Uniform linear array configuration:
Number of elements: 32
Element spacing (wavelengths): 0.25
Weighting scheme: kaiser
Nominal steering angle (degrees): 0
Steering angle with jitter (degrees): -1.272
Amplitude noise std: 0.05
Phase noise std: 0.05

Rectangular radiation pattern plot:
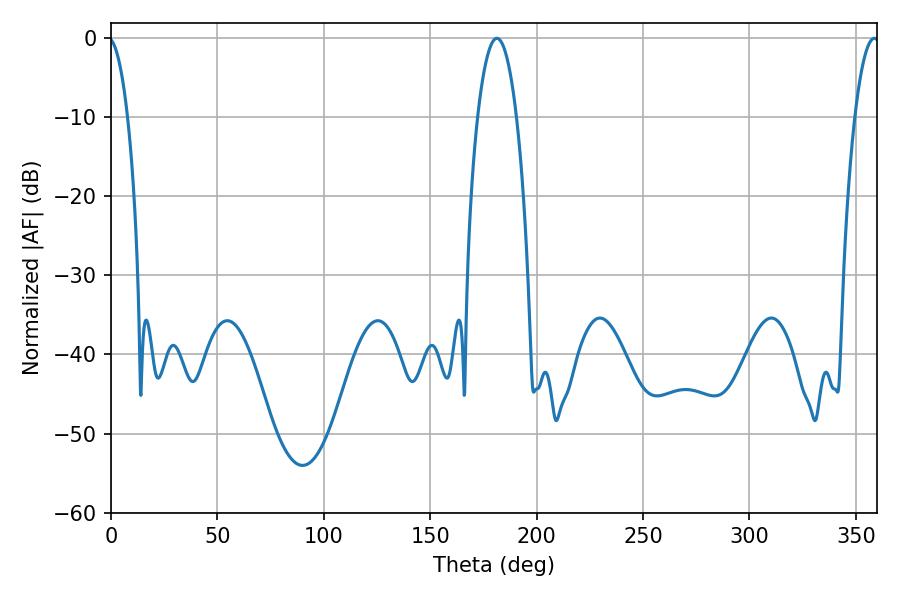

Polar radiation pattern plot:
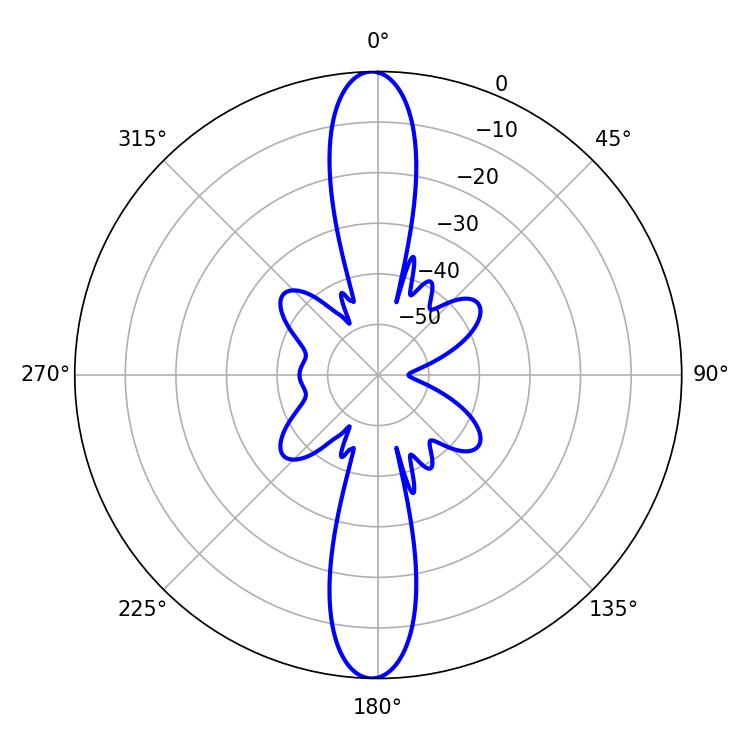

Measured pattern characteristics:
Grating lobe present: FALSE
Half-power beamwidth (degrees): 10.26
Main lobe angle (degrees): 181.26